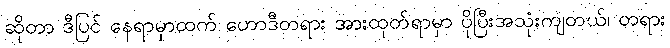
ဆိုတာ ဒီပြင် နေရာမှာထက် ဟောဒီတရား အားထုတ်ရာမှာ ပိုပြီးအသုံးကျတယ်၊ တရား